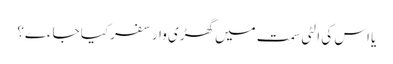
یا اس کی الٹی سمت میں گھڑی وار سفر کیا جاءے؟